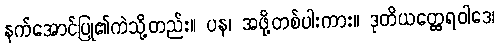
နက်အောင်ပြု၏ကဲသို့တည်း။ ပန၊ အဖို့တစ်ပါးကား။ ဒုတိယတ္ထေရဝါဒေ၊